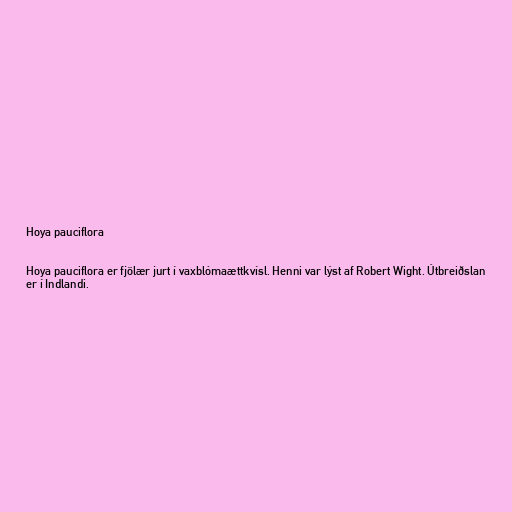
Hoya pauciflora

Hoya pauciflora er fjölær jurt í vaxblómaættkvísl. Henni var lýst af Robert Wight. Útbreiðslan
er í Indlandi.